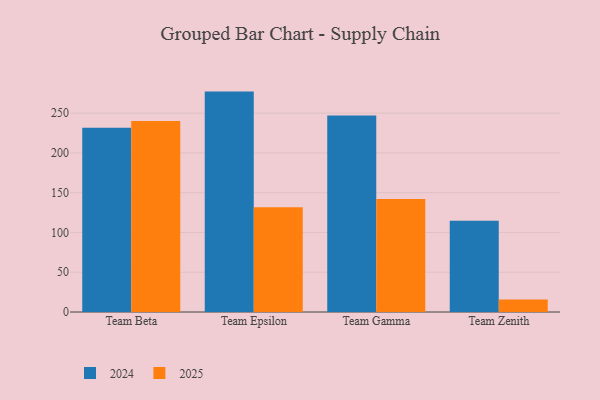
{"axis": {"x": "Team", "y": "Production Output"}, "legend": ["2024", "2025"], "data": [{"x": "Team Beta", "y": 231.7, "type": "2024"}, {"x": "Team Beta", "y": 240.2, "type": "2025"}, {"x": "Team Epsilon", "y": 277.1, "type": "2024"}, {"x": "Team Epsilon", "y": 131.6, "type": "2025"}, {"x": "Team Gamma", "y": 247.0, "type": "2024"}, {"x": "Team Gamma", "y": 142.1, "type": "2025"}, {"x": "Team Zenith", "y": 114.6, "type": "2024"}, {"x": "Team Zenith", "y": 15.8, "type": "2025"}]}